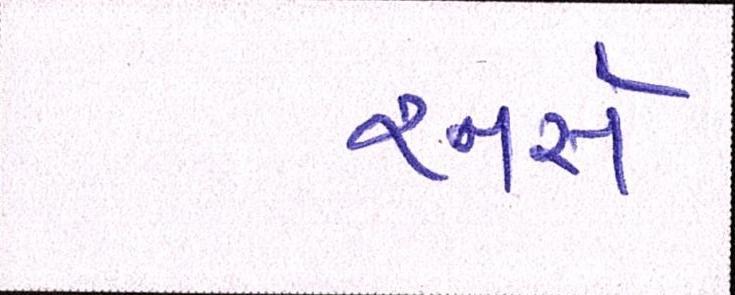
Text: રનર્સ